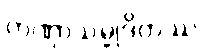
တဏှာသမ္မုဒိတဿ